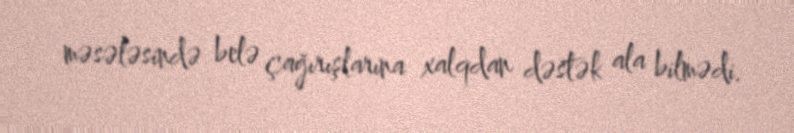
məsələsində belə çağırışlarına xalqdan dəstək ala bilmədi.